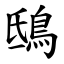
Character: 鴟